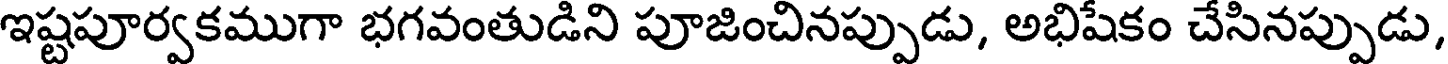
ఇష్టపూర్వకముగా భగవంతుడిని పూజించినప్పుడు, అభిషేకం చేసినప్పుడు,